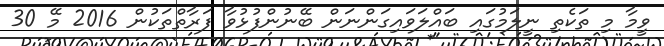
ވީމާ މި ތަކެތި ނީލަމުގައި ބައްލަވައިގަންނަން ބޭނުންފުޅުވާ ފަރާތްތަކުން 2016 މޭ 30